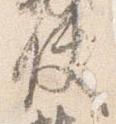
使